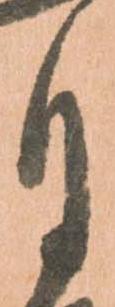
月